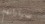
سياراتهم